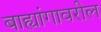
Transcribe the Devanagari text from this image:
बाह्यांगावरील